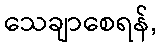
သေချာစေရန်,